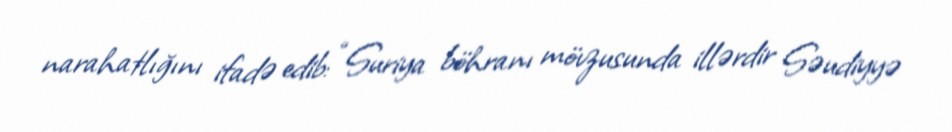
narahatlığını ifadə edib: “Suriya böhranı mövzusunda illərdir Səudiyyə